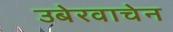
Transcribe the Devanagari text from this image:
उबेरवाचेन